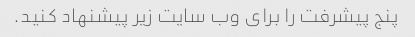
پنج پیشرفت را برای وب سایت زیر پیشنهاد کنید.